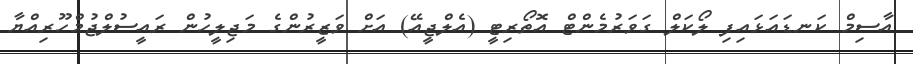
އާސިމް ކަނޑައަޅައިފި ލޯކަލް ގަވަރުމެންޓް އޮތޯރިޓީ (އެލްޖީއޭ) އަށް ވަޒީރުންގެ މަޖިލީހުން ރައީސުލްޖުމްހޫރިއްޔާ